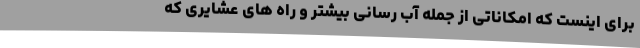
برای اینست که امکاناتی از جمله آب رسانی بیشتر و راه های عشایری که